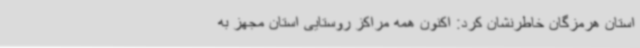
استان هرمزگان خاطرنشان کرد: اکنون همه مراکز روستایی استان مجهز به